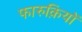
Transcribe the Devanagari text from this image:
फारुक़ियों